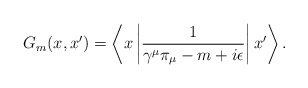
\begin{align*}G_m(x,x^{\prime })=\left\langle x\left| \frac 1{\gamma ^\mu \pi _\mu-m+i\epsilon }\right| x^{\prime }\right\rangle .\end{align*}